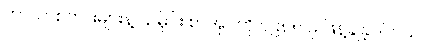
ဘာသာစကားများနဲ့ သမိုင်း စာအုပ်ကို ၁၉၈၅ မှ ဖြန့်ချိခဲ့ပါတယ်။